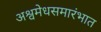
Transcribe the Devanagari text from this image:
अश्वमेधसमारंभात